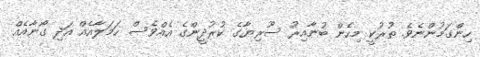
ހިންގަމުންނެވެ. ތުރުކީ މިހެން ބުނާއިރު ސޫރިޔާގެ ކުރުދީންގެ އެއްވެސް ހަމަލާއެއް އަދި ގޯނާއެއް